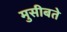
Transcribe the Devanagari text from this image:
मुसीबते